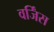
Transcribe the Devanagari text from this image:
वर्जिंस